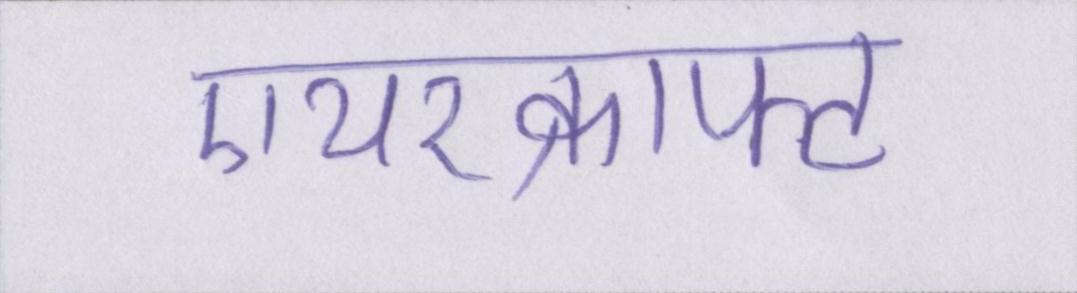
एयरक्राफ्ट